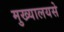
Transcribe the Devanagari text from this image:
मुख्यालयसे